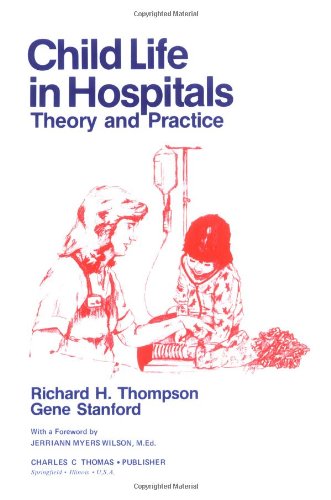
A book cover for Child Life in Hospitals: Theory and Practice; Richard Howard Thompson; Politics & Social Sciences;